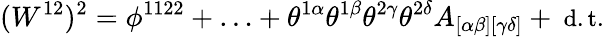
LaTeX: (W^{12})^{2}=\phi^{1122}+\ldots+\theta^{1\alpha}\theta^{1\beta}\theta^{2\gamma}\theta^{2\delta}A_{[\alpha\beta][\gamma\delta]}+\mathrm{\small~d.t.}